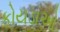
કોયડાઓ